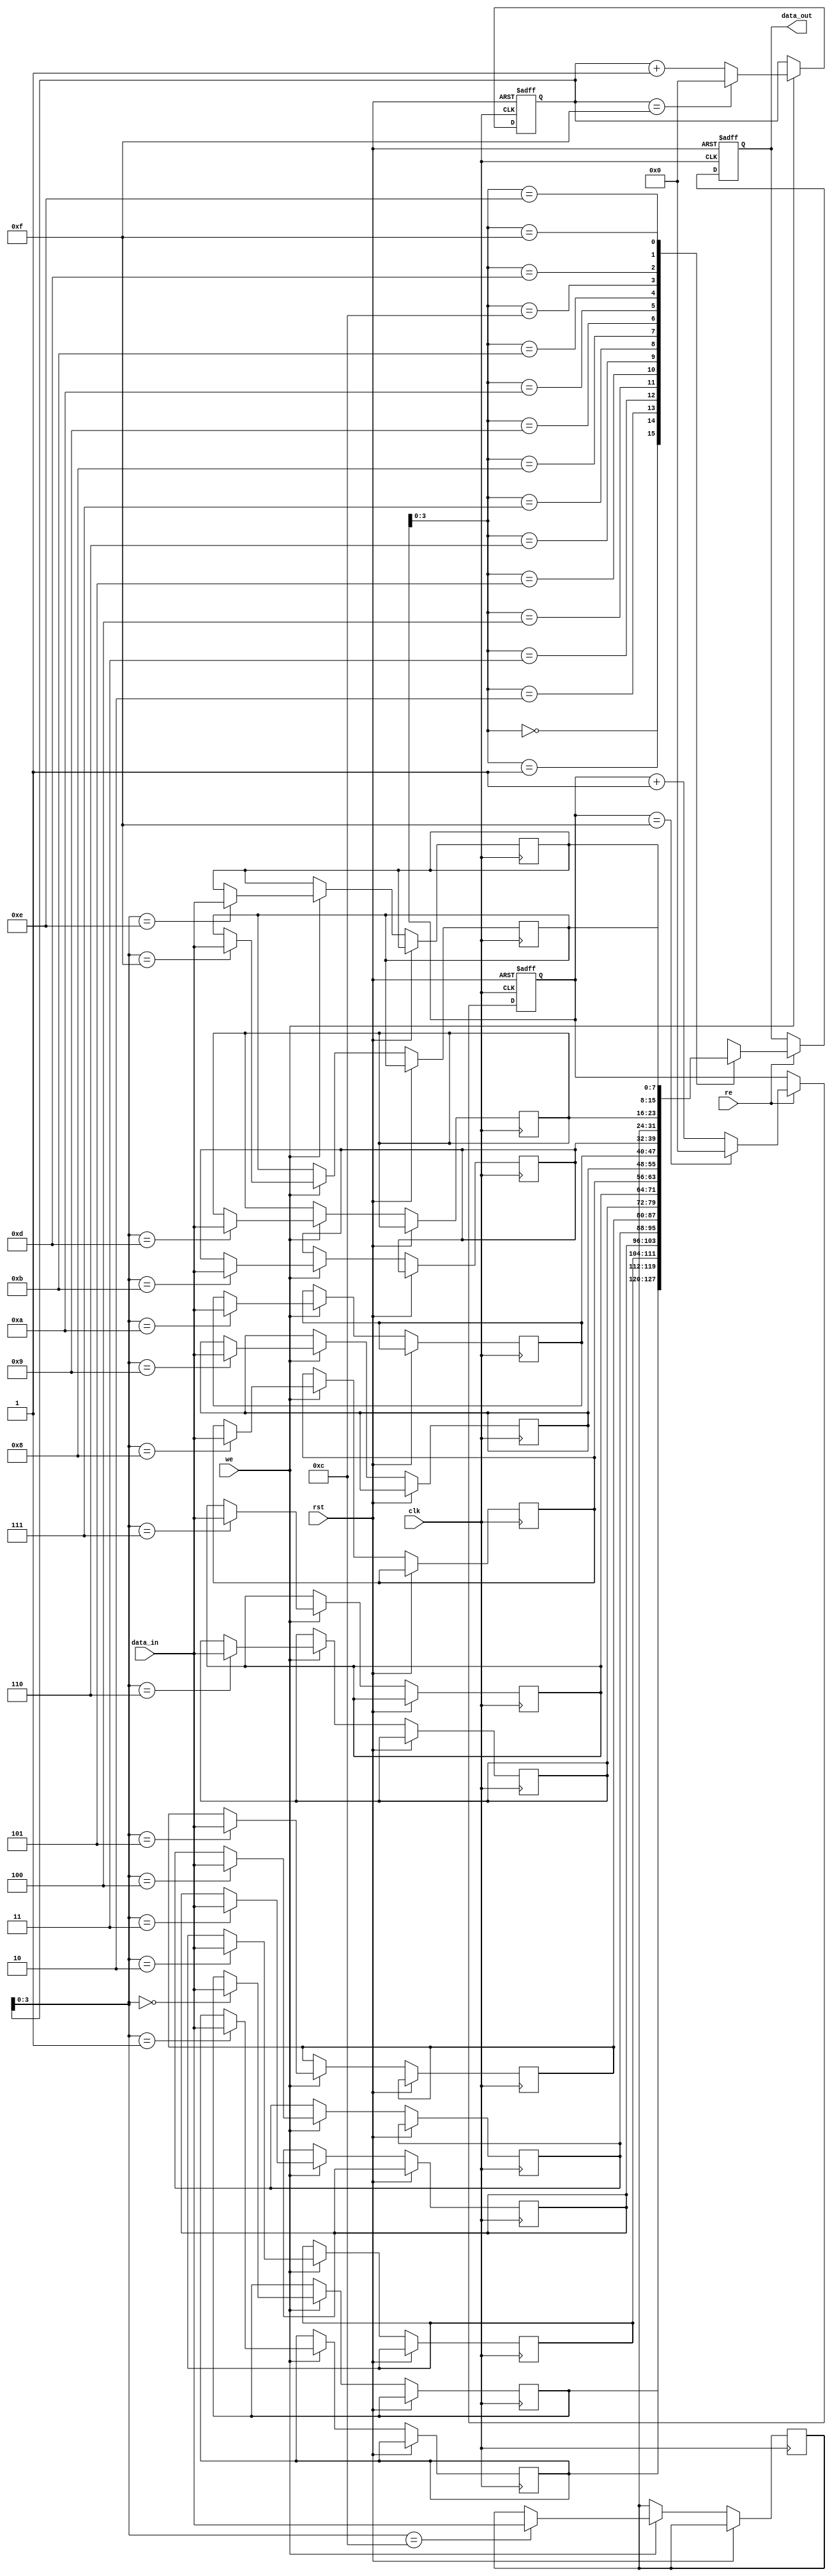
module async_fifo (
    input wire clk,
    input wire rst,
    input wire we,
    input wire re,
    input wire [WIDTH-1:0] data_in,
    output reg [WIDTH-1:0] data_out
);

parameter WIDTH = 8; // define width of data bus
parameter DEPTH = 16; // define depth of FIFO

reg [WIDTH-1:0] memory [0:DEPTH-1];
reg [WIDTH-1:0] read_pointer = 0;
reg [WIDTH-1:0] write_pointer = 0;

always @(posedge clk, posedge rst) begin
    if (rst) begin
        read_pointer <= 0;
        write_pointer <= 0;
        data_out <= 0;
    end else begin
        if (we) begin
            memory[write_pointer] <= data_in;
            write_pointer <= (write_pointer == DEPTH-1) ? 0 : write_pointer + 1;
        end
        if (re) begin
            data_out <= memory[read_pointer];
            read_pointer <= (read_pointer == DEPTH-1) ? 0 : read_pointer + 1;
        end
    end
end

endmodule